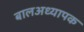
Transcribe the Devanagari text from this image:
बालअध्यापक